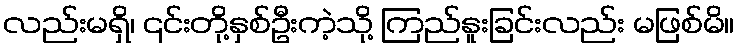
လည်းမရှိ၊ ၎င်းတို့နှစ်ဦးကဲ့သို့ ကြည်နူးခြင်းလည်း မဖြစ်မိ။